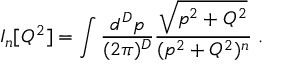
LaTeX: I _ { n } [ Q ^ { 2 } ] = \int { \frac { d ^ { D } p } { ( 2 \pi ) ^ { D } } } { \frac { \sqrt { p ^ { 2 } + Q ^ { 2 } } } { ( p ^ { 2 } + Q ^ { 2 } ) ^ { n } } } \; .